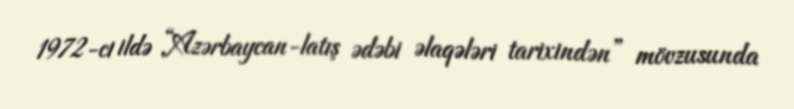
1972-ci ildə “Azərbaycan-latış ədəbi əlaqələri tarixindən” mövzusunda